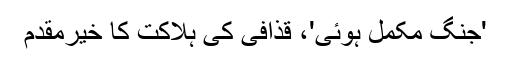
'جنگ مکمل ہوئی'، قذافی کی ہلاکت کا خیرمقدم